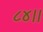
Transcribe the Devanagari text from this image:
८४।।